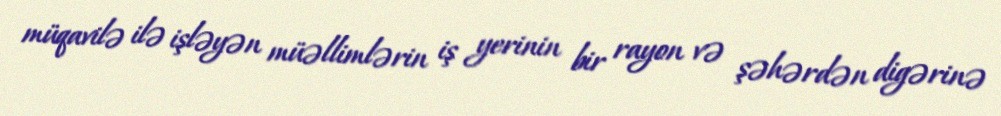
müqavilə ilə işləyən müəllimlərin iş yerinin bir rayon və şəhərdən digərinə